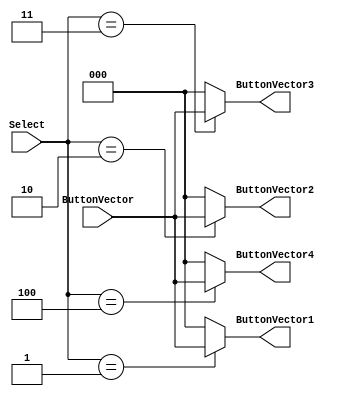
//sikender

module ButtonDecoder(
	input [2:0] Select,
	input [2:0] ButtonVector, 
	output reg [2:0] ButtonVector1, 
	output reg [2:0] ButtonVector2, 
	output reg [2:0] ButtonVector3,
	output reg [2:0] ButtonVector4);
	
	always@(Select) begin
		case(Select)
			1: begin
				ButtonVector1 = ButtonVector; 
				ButtonVector2 = 0; 
				ButtonVector3 = 0;
				ButtonVector4 = 0;  
			end
			2: begin
				ButtonVector1 = 0; 
				ButtonVector2 = ButtonVector; 
				ButtonVector3 = 0;
				ButtonVector4 = 0;  
			end
			3: begin
				ButtonVector1 = 0; 
				ButtonVector2 = 0; 
				ButtonVector3 = ButtonVector;
				ButtonVector4 = 0;  
			end
			4: begin
				ButtonVector1 = 0; 
				ButtonVector2 = 0; 
				ButtonVector3 = 0; 
				ButtonVector4 = ButtonVector; 
			end
			default: begin
				ButtonVector1 = 0; 
				ButtonVector2 = 0; 
				ButtonVector3 = 0;
				ButtonVector4 = 0;  
			end
		endcase
	end
endmodule